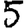
Digit: 5